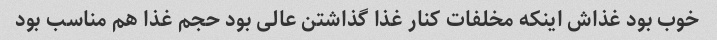
خوب بود غذاش اینکه مخلفات کنار غذا گذاشتن عالی بود حجم غذا هم مناسب بود